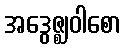
အဒွေဇ္ဈဝါစော